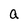
Character: a